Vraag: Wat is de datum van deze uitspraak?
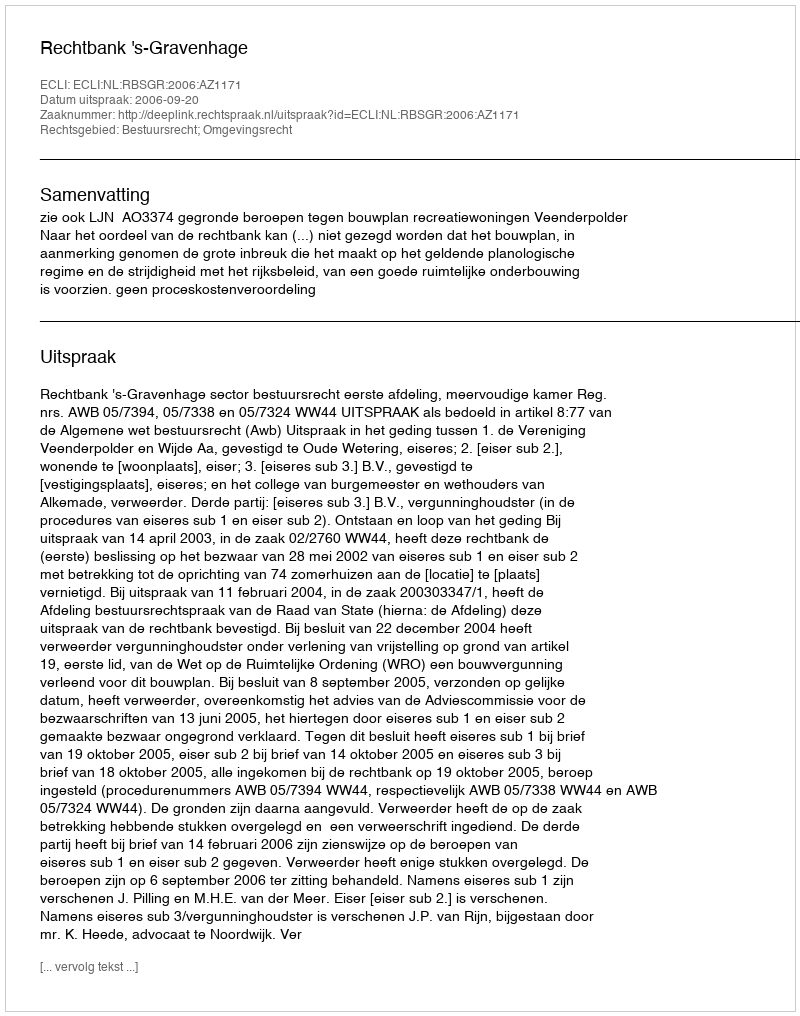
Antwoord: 2006-09-20